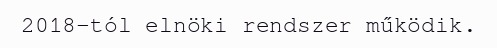
2018-tól elnöki rendszer működik.